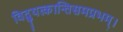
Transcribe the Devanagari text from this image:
विद्युत्कान्तिसमप्रभम्।